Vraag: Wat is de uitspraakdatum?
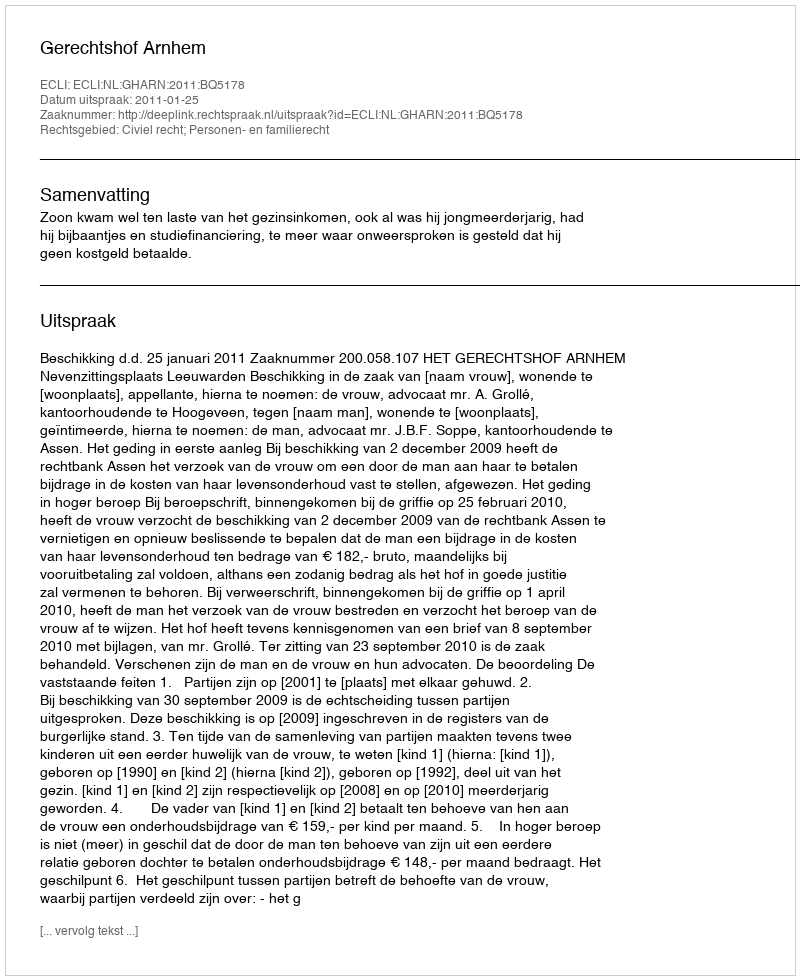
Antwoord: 2011-01-25